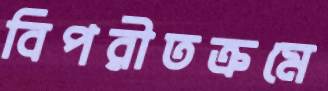
বিপরীতক্রমে